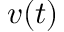
v ( t )